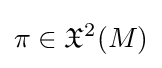
\pi \in {\mathfrak {X}}^{2}(M)